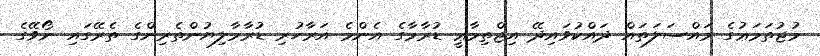
މުޖުތަމަޢުގެ މައްސަލަތައް ދައްކުވައިދޭ އިޖްތިމާޢީ ޑުރާމާގެ އެންމެ އަރާހުރި ޑުރާމާލިޔުންތެރިންގެ ތެރޭގައި ނޯވޭގެ